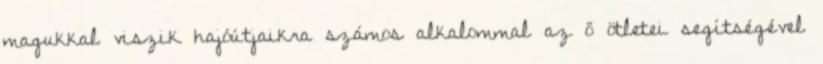
magukkal viszik hajóútjaikra számos alkalommal az ő ötletei segítségével